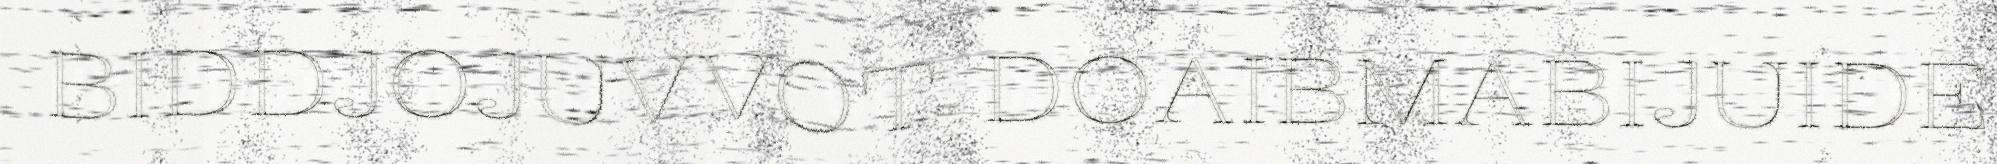
BIDDJOJUVVOT DOAIBMABIJUIDE